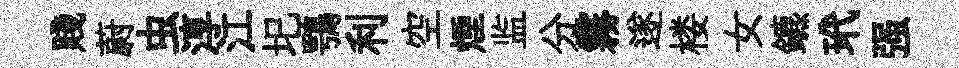
賤蔚虫淳江圯鶚利空煙监分霧遂楼女鑣玳强